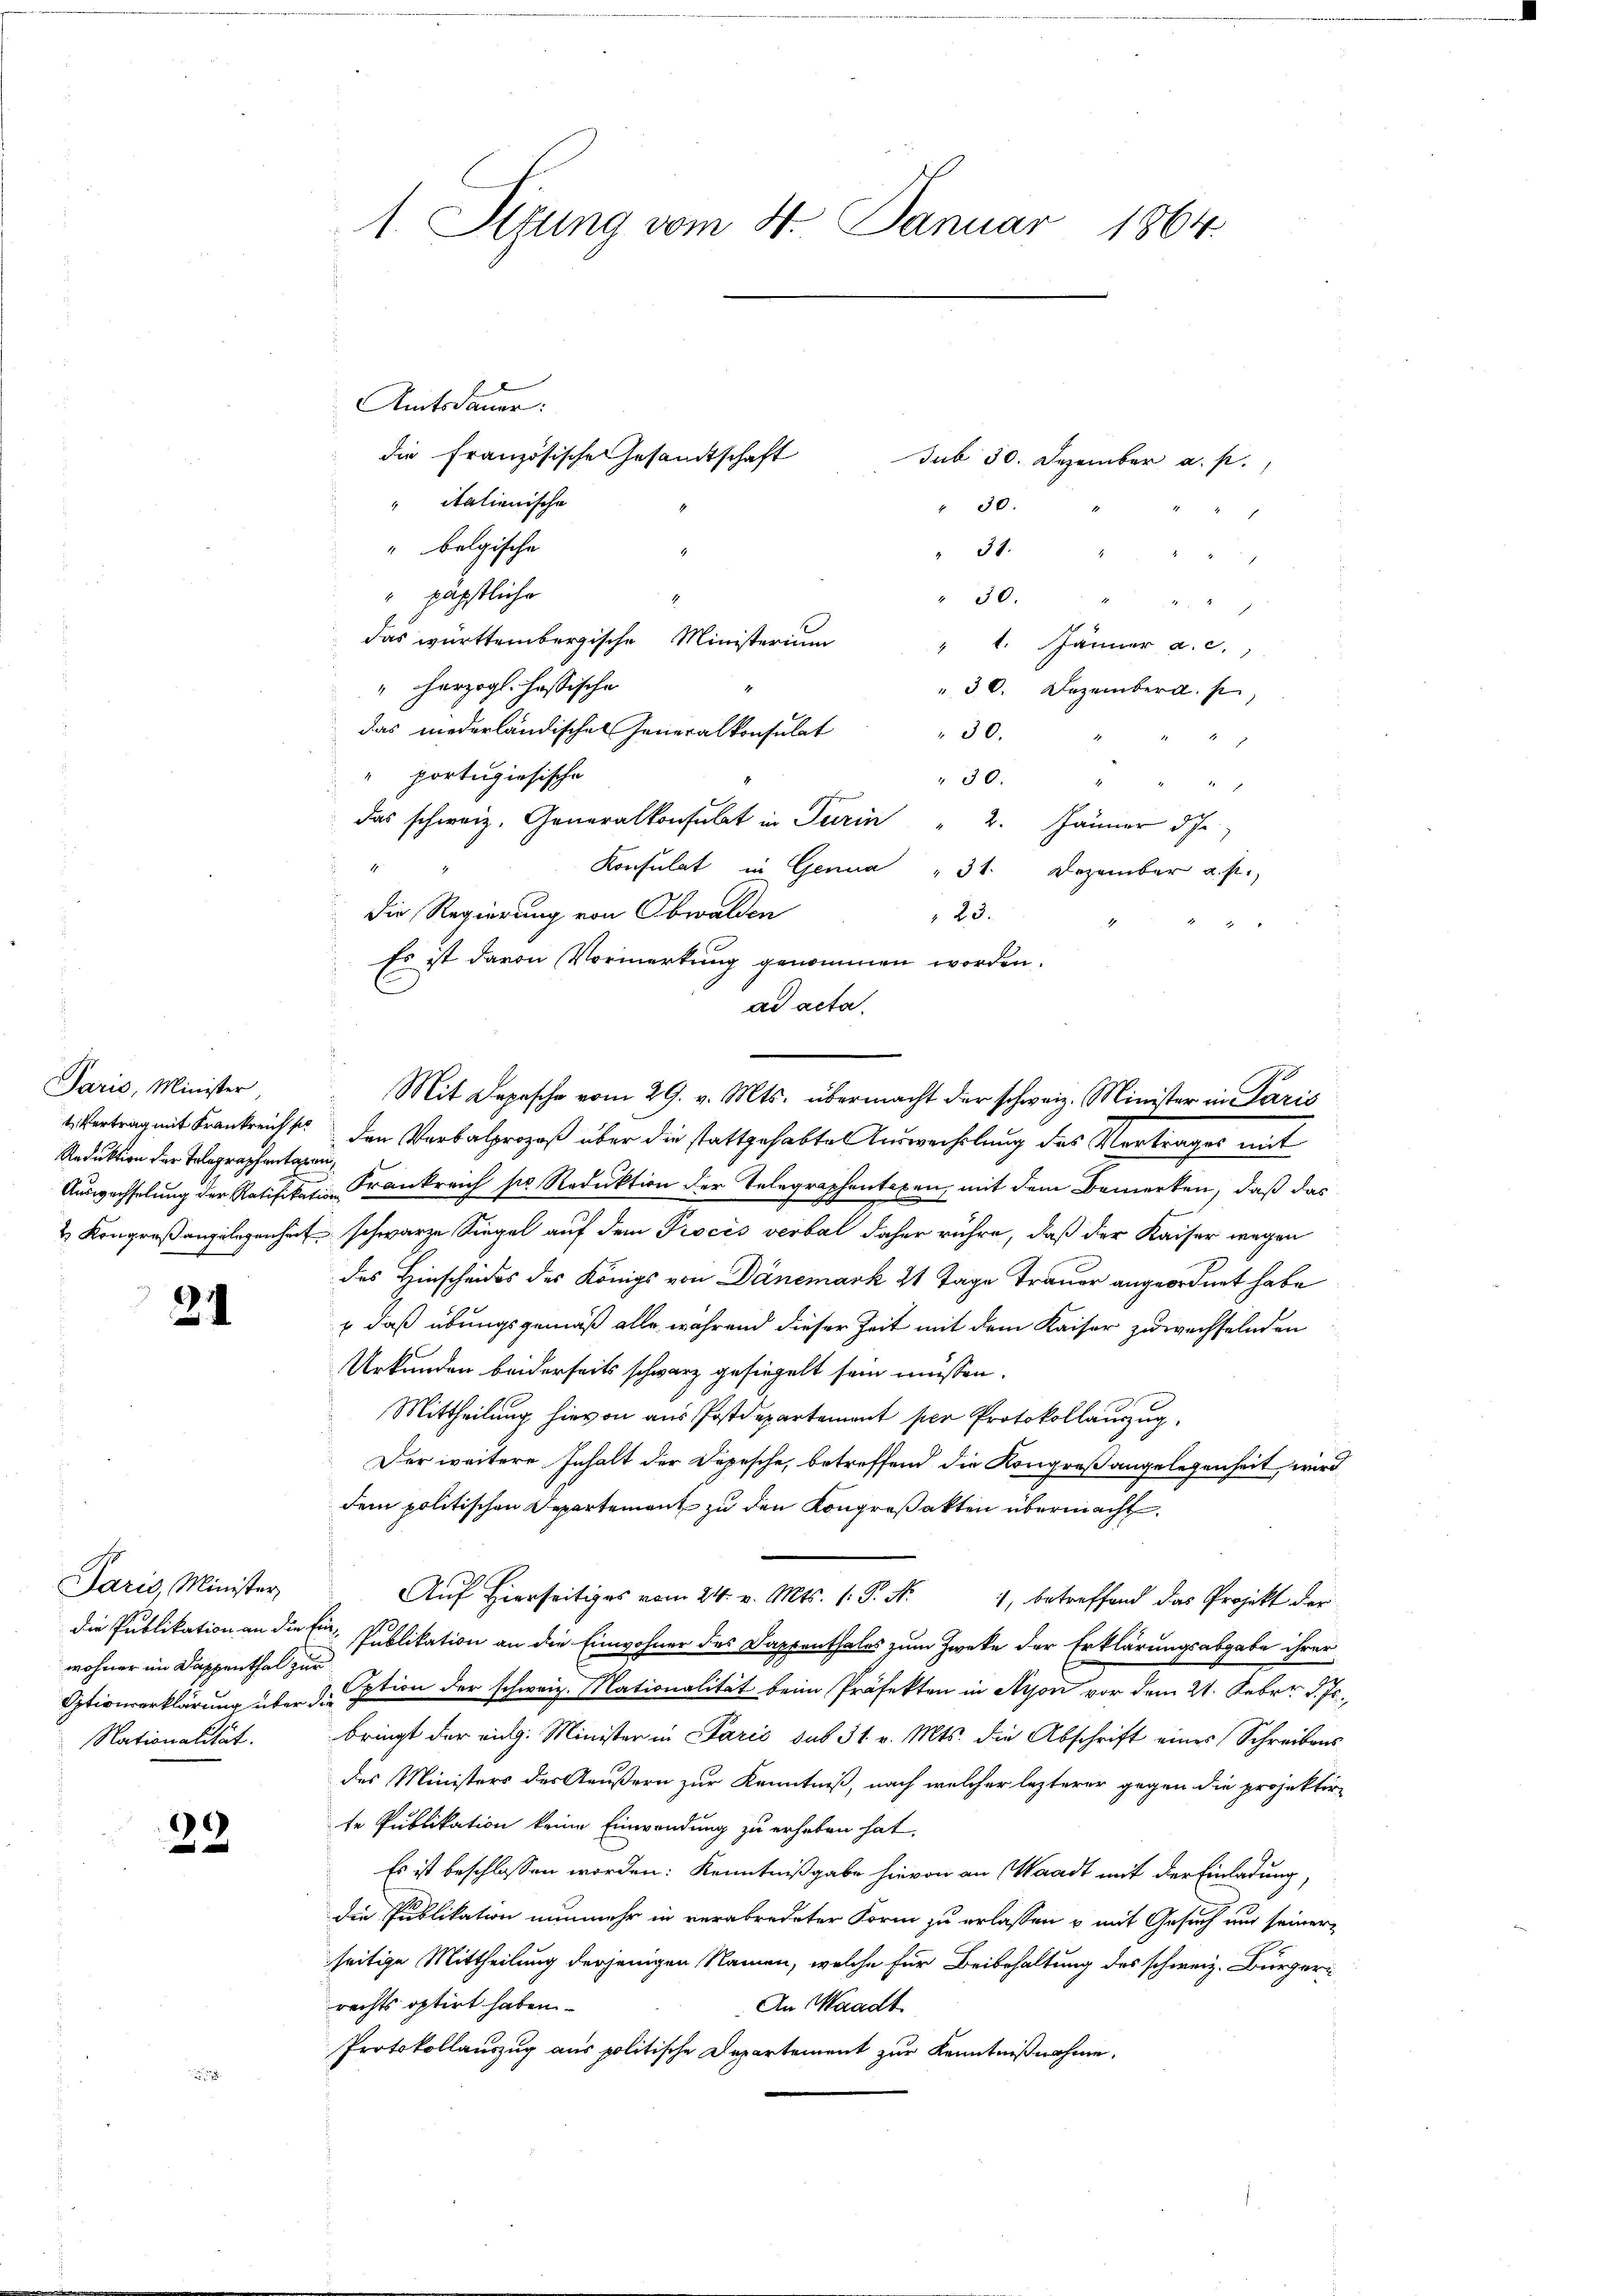
Paris, Minister
Reduktion der Telegraphentagen,

Amtsdauer.
die Französische Gesamtschaft
Jub 30. Dezember a. p.
" italienische
30.
" belgische
" 31.
"päpstliche
30.
e
das württembergische Ministerium
" 1. Jänner a. c.
" herzogl. Hassische
" 30. Dezember a. p.,
das niederländischen Generalkonsulat
30.
" portugisische
30.
2
f
das schweiz. Generalkonsulat in Turin " 2. Jänner die
Konsulat in Genua " 31. Dezember a. f.,
Die Regierung von Obwalden
23.
.

Es ist davon Vormerkung genommen worden.
ad acta.
Mit Depesche vom 29. v. Mts. übermacht der schweiz. Minister in Paris
eVertrag mit Krankreicht den Verbalprozeß über die stattgehabte Auswechslung des Vertrages mit
Auswechselung der Ratifikation Frankreich so Reduktion der Telegraphentaxen, mit dem Bemerken, daß das
& Kongreßangelegenheit schwarze Siegel auf dem Proces verbal daher rühre, daß der Kaiser wegen
des Hinscheides des Königs von Dänemark 21 Tage Trauer angeordnet habe
24
 daß übungsgemäß alle während dieser Zeit mit dem Kaiser zuwechselnden
Urkunden beiderseits schwarz gesiegelt sein müssen.
Mittheilung hievon aus Postdepartement per Protokollauszug.
Der weitere Inhalt der Depesche, betreffend die Kongreß angelegenheit, wird
dem politischen Departement zu den Kongroßakten übermacht.
Paris, Minister,
Auf Hierseitiges vom 24. v. Mts. 1. P. Nr. 1, betreffend das Projekt der
1.
die Publikation an die Ein Publikation an die Einwohner des Dappenthales zum Zweke der Erklärungsabgabe ihrer
wohner im Dappenthal zur
Optivererklärung über dation der schweiz. Mationalität beim Präfekten in Nyon vor dem 21. Febr. d. Js.
Nationalität. Bringt der eidg. Minister in Paris sub 31. v. Mts. die Abschrift eines Schreibens
des Ministers des Aeußern zur Kenntniß, nach welcher lezterer gegen die projektir
te Publikation keine Einwendung zu erheben hat.
22
Es ist beschlossen worden: Kenntnißgabe hievon an Waadt mit der Einladung,
die Publikation nunmehr in verabredeter Form zu erlassen u. mit Gesuch aus seiner
seitige Mittheilung derjenigen Namen, welche für Beibehaltung des schweiz. Bürgerrechts optirt haben.
An Waadt
Protokollauszug aus politische Departement zur Kenntnißnahme.

1. Sizung vom 4. Januar 1864